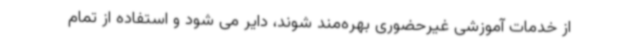
از خدمات آموزشی غیرحضوری بهره‌مند شوند، دایر می شود و استفاده از تمام